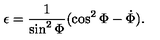
\epsilon = \frac { 1 } { \sin ^ { 2 } \Phi } ( \cos ^ { 2 } \Phi - \dot { \Phi } ) .